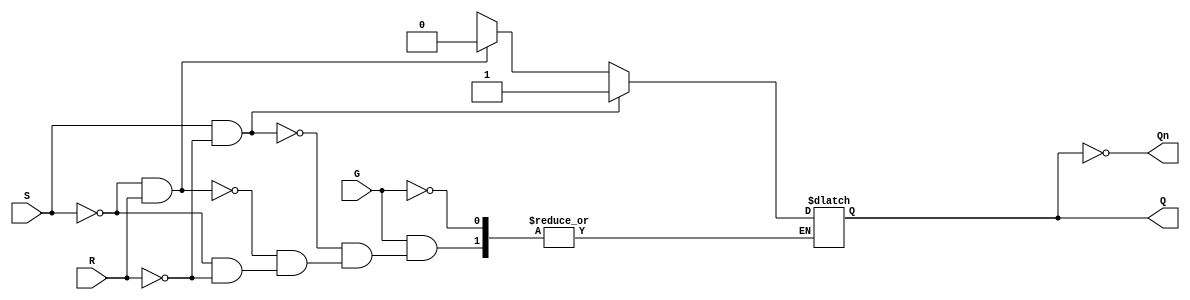
module gated_sr_latch (
    input wire S,   // Set input
    input wire R,   // Reset input
    input wire G,   // Gate input
    output reg Q,   // Output Q
    output wire Qn  // Complement of Q
);

    assign Qn = ~Q; // Complement of Q

    always @(G, S, R) begin
        if (G) begin
            if (S && ~R) begin
                Q <= 1'b1; // Set state
            end else if (~S && R) begin
                Q <= 1'b0; // Reset state
            end else if (~S && ~R) begin
                Q <= Q;    // Hold state
                // Retain current state
            end else begin
                Q <= 1'bx; // Invalid state, both S and R are high
            end
        end
        // If G is low, do nothing; hold state is maintained by the default nature of registers
    end

endmodule